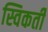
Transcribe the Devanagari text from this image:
स्विकर्ती